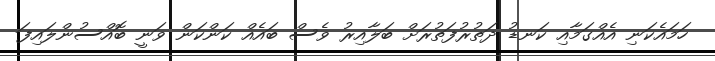
ހަމައެކަނި އެއްގަމާއި ކަނޑު ދަތުރުފަތުރަށް ބަލާއިރު ވެސް ބައެއް ކަންކަން ވަނީ ބޮއްސުންލައިފަ